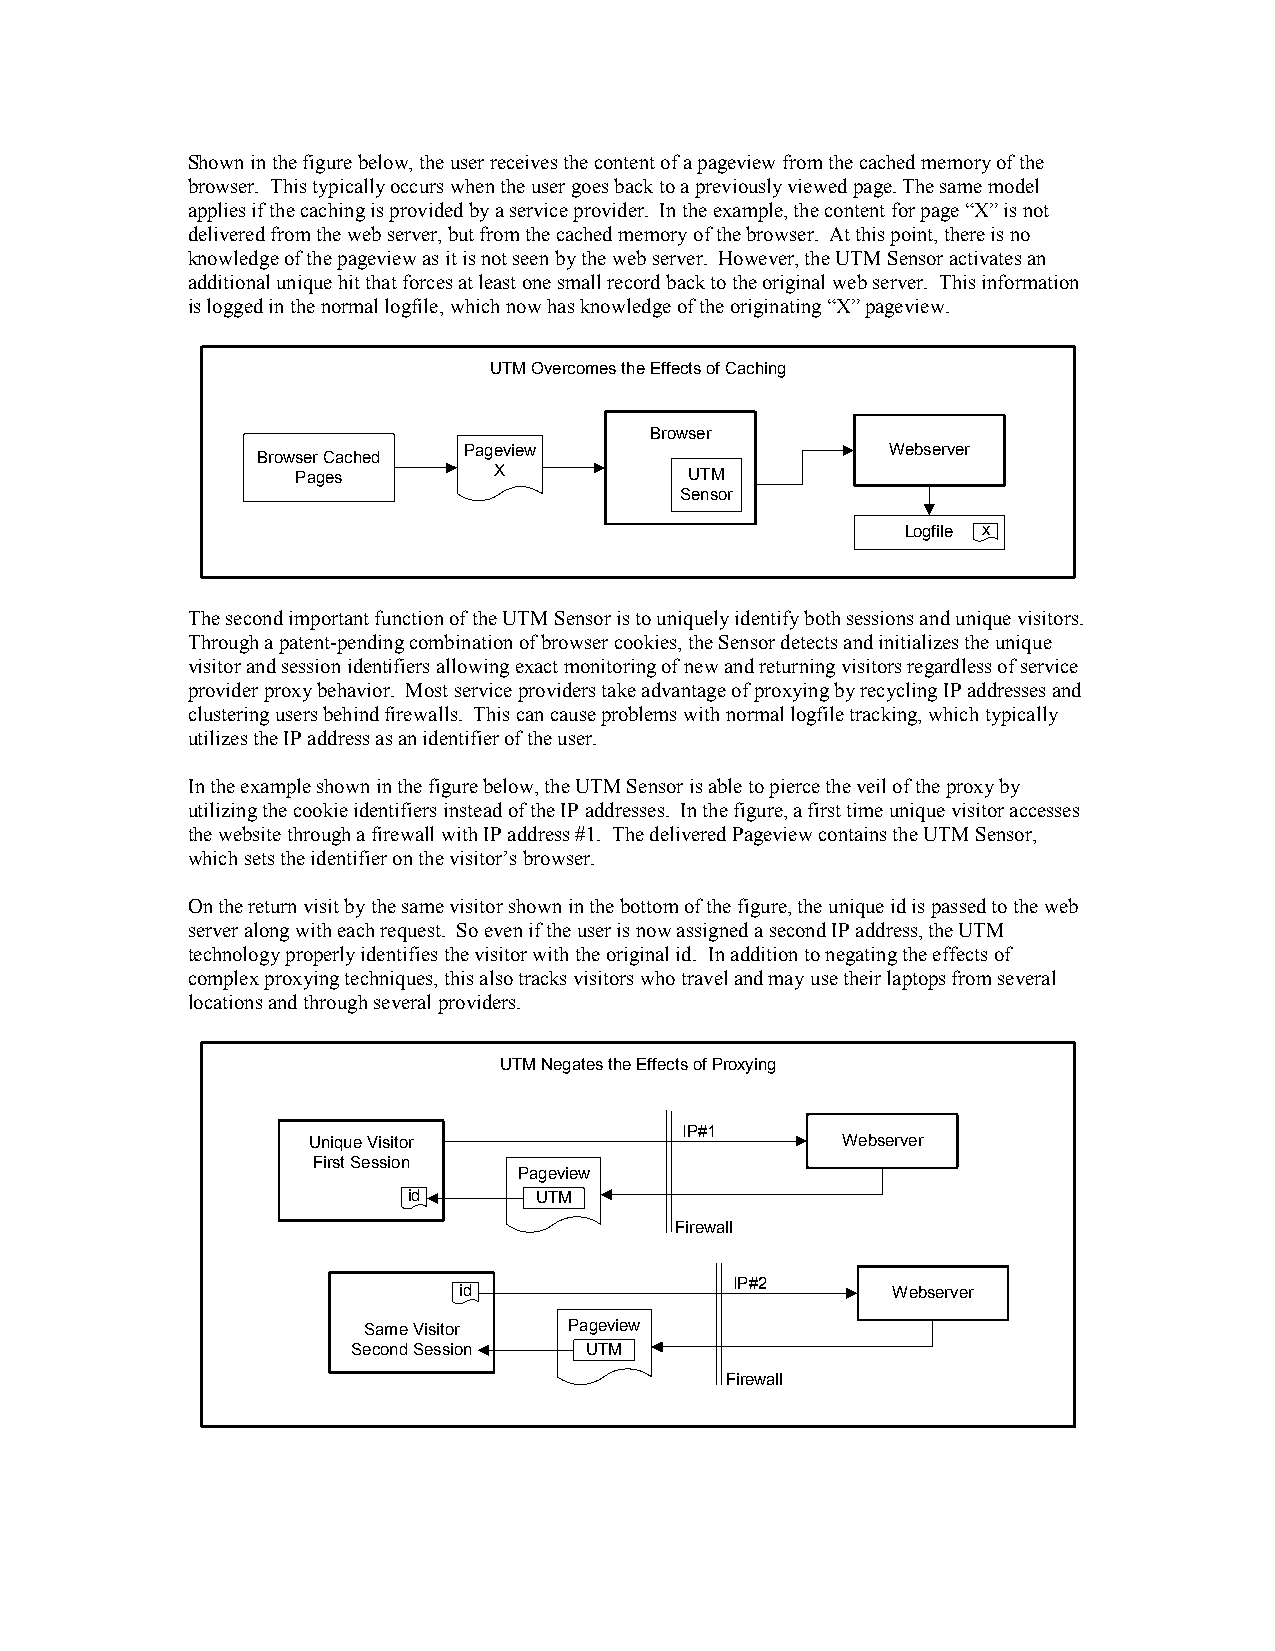
Shown in the figure below, the user receives the content of a pageview from the cached memory of the
 browser. This typically occurs when the user goes back to a previously viewed page. The same model
 applies if the caching is provided by a service provider. In the example, the content for page “X” is not
 delivered from the web server, but from the cached memory of the browser. At this point, there is no
 knowledge of the pageview as it is not seen by the web server. However, the UTM Sensor activates an
 additional unique hit that forces at least one small record back to the original web server. This information
 is logged in the normal logfile, which now has knowledge of the originating “X” pageview.
 UTM Overcomes the Effects of Caching
 Browser
 Pageview                    Webserver
 Browser Cached
 Pages        X            UTM
 Sensor
 Logfile x
 The second important function of the UTM Sensor is to uniquely identify both sessions and unique visitors.
 Through a patent-pending combination of browser cookies, the Sensor detects and initializes the unique
 visitor and session identifiers allowing exact monitoring of new and returning visitors regardless of service
 provider proxy behavior. Most service providers take advantage of proxying by recycling IP addresses and
 clustering users behind firewalls. This can cause problems with normal logfile tracking, which typically
 utilizes the IP address as an identifier of the user.
 In the example shown in the figure below, the UTM Sensor is able to pierce the veil of the proxy by
 utilizing the cookie identifiers instead of the IP addresses. In the figure, a first time unique visitor accesses
 the website through a firewall with IP address #1. The delivered Pageview contains the UTM Sensor,
 which sets the identifier on the visitor’s browser.
 On the return visit by the same visitor shown in the bottom of the figure, the unique id is passed to the web
 server along with each request. So even if the user is now assigned a second IP address, the UTM
 technology properly identifies the visitor with the original id. In addition to negating the effects of
 complex proxying techniques, this also tracks visitors who travel and may use their laptops from several
 locations and through several providers.
 UTM Negates the Effects of Proxying
 IP#1
 Unique Visitor                      Webserver
 First Session
 Pageview
 id      UTM
 Firewall
 IP#2
 id                           Webserver
 Same Visitor  Pageview
 Second Session  UTM
 Firewall